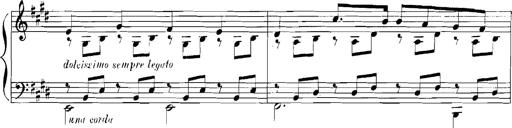
Title: Rhapsodies hongroises
Composer: Franz Liszt